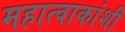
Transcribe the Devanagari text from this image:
महात्वाकांशी